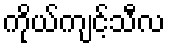
ကိုယ်ကျင့်သီလ